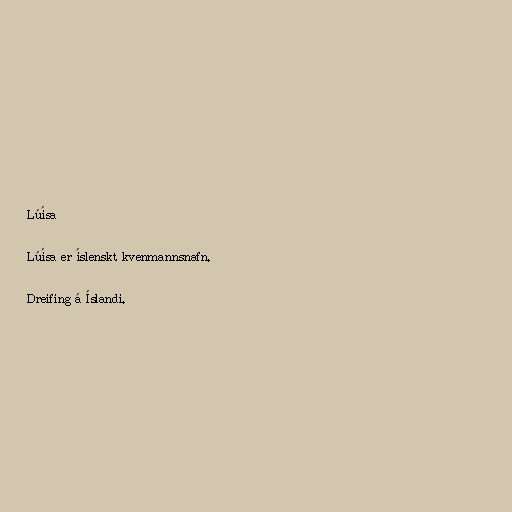
Lúísa

Lúísa er íslenskt kvenmannsnafn.

Dreifing á Íslandi.